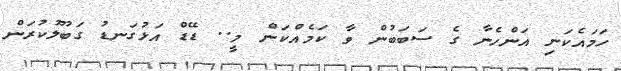
ހަމައެކަނި އަންހެނާ ގެ ސަބަބުން ވާ ކަމެއްކަން މީ.. ޑޭޑް އަޅުގަނޑު ގަބޫލުކުރަން